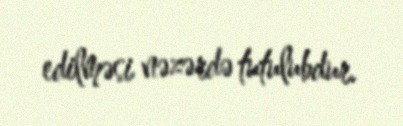
edilməsi nəzərdə tutulubdur.